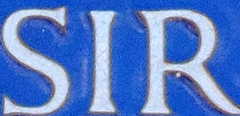
SIR